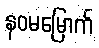
နဝမမြောက်